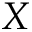
X